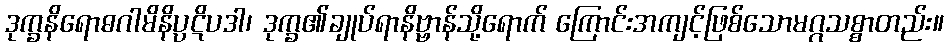
ဒုက္ခနိရောဓဂါမိနိပ္ပဋိပဒါ၊ ဒုက္ခ၏ချုပ်ရာနိဗ္ဗာန်သို့ရောက် ကြောင်းအကျင့်ဖြစ်သောမဂ္ဂသစ္စာတည်း။